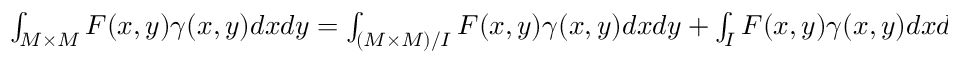
\begin{array} { r l } { \int _ { M \times M } F ( x , y ) \gamma ( x , y ) d x d y = \int _ { ( M \times M ) / I } F ( x , y ) \gamma ( x , y ) d x d y + \int _ { I } F ( x , y ) \gamma ( x , y ) d x d y } \end{array}